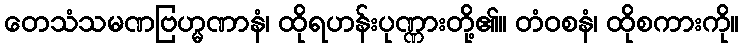
တေသံသမဏဗြဟ္မဏာနံ၊ ထိုရဟန်းပုဏ္ဏားတို့၏။ တံဝစနံ၊ ထိုစကားကို။